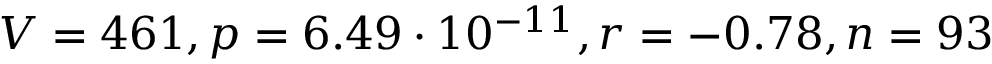
V = 4 6 1 , p = 6 . 4 9 \cdot 1 0 ^ { - 1 1 } , r = - 0 . 7 8 , n = 9 3